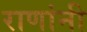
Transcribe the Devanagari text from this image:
राणांनी